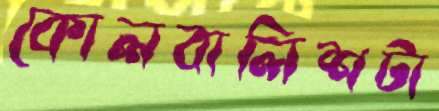
কোলবালিশটা